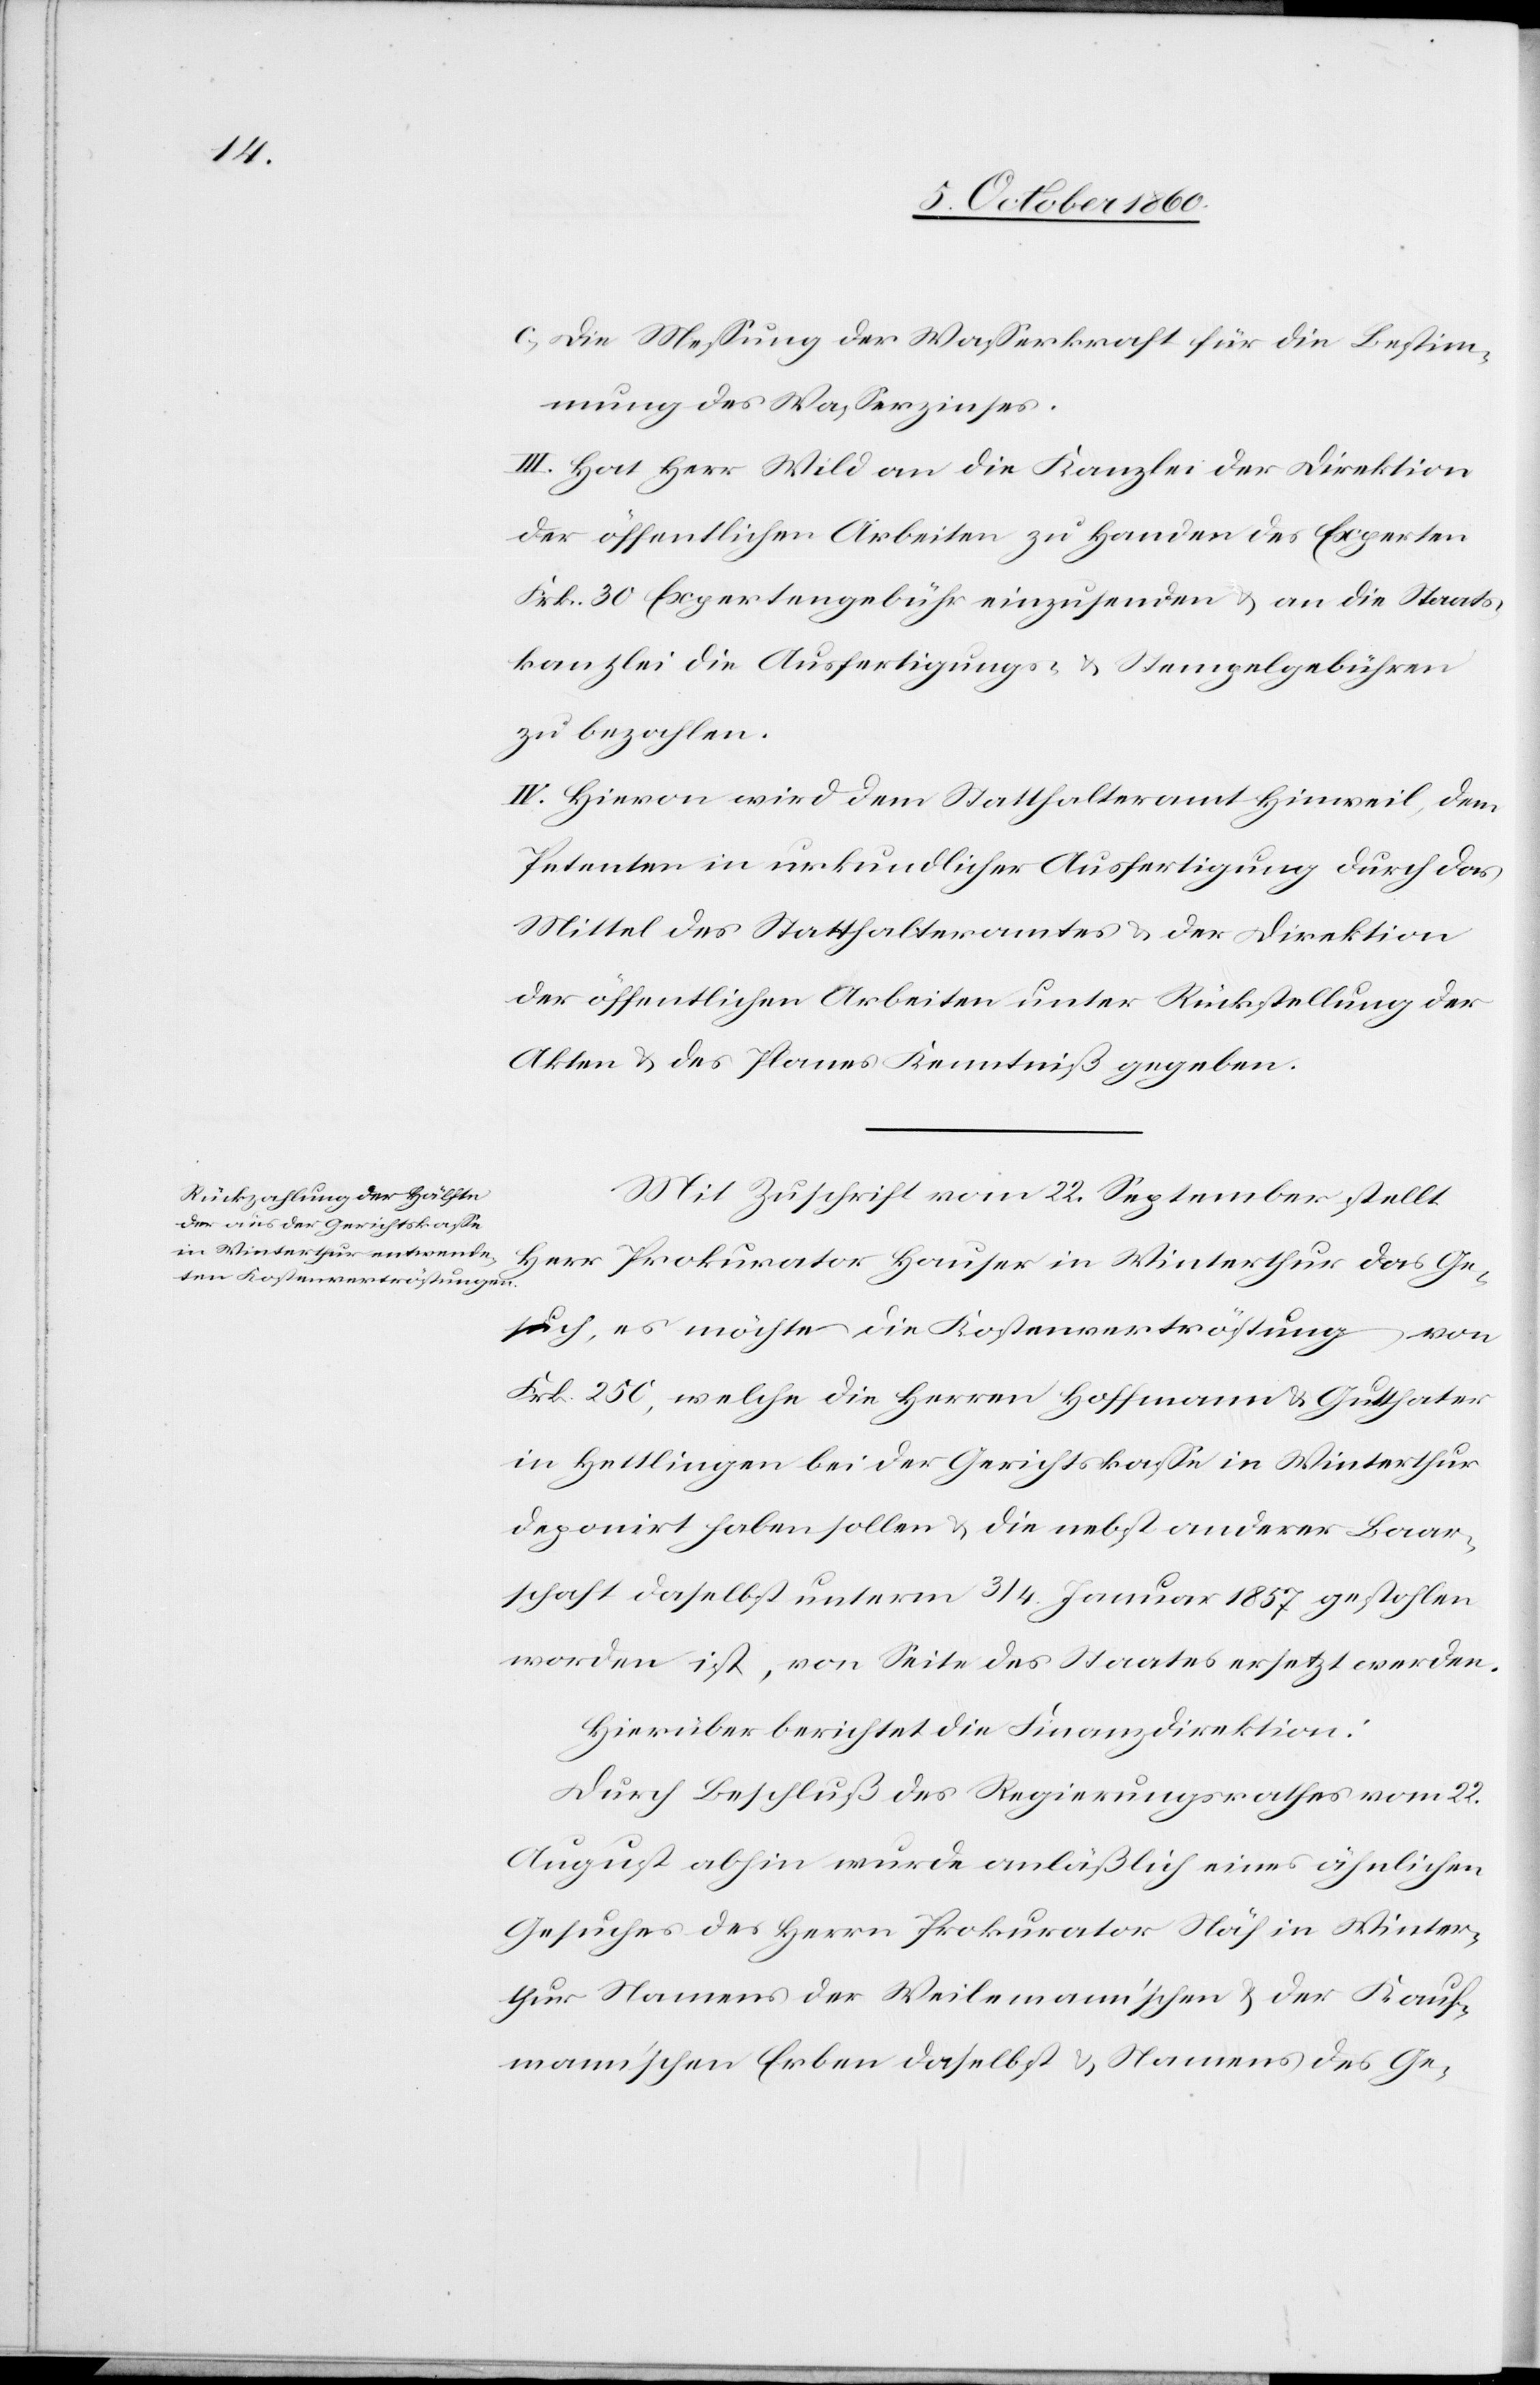
c. Die Messung der Wasserkraft für die Bestim¬
mung des Wasserzinses.
III. Hat Herr Wild an die Kanzlei der Direktion
der öffentlichen Arbeiten zu Handen des Experten
Frk. 30 Expertengebühr einzusenden u. an die Staats¬
kanzlei die Ausfertigungs- u. Stempelgebühren
zu bezahlen.
IV. Hievon wird dem Statthalteramt Hinweil, dem
Petenten in urkundlicher Ausfertigung durch das
Mittel des Statthalteramtes u. der Direktion
der öffentlichen Arbeiten unter Rückstellung der
Akten u. des Planes Kenntniß gegeben.
Mit Zuschrift vom 22. September stellt
Herr Prokurator Hauser in Winterthur das Ge¬
such, es möchte die Kostenvertröstung von
Frk. 250, welche die Herren Hoffmann u. Gutthater
in Hettlingen bei der Gerichtskasse in Winterthur
deponirt haben sollen und die nebst anderer Baar¬
schaft daselbst unterm 3./4. Januar 1857 gestohlen
worden ist, von Seite des Staates ersetzt werden.
Hierüber berichtet die Finanzdirektion:
Durch Beschluß des Regierungsrathes vom 22.
August abhin wurde anläßlich eines ähnlichen
Gesuches des Herrn Prokurator Näf in Winter¬
thur Namens der Weilemann’schen u. der Kauf¬
mann’schen Erben daselbst u. Namens des Ge-